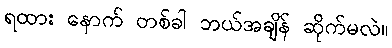
ရထား နောက် တစ်ခါ ဘယ်အချိန် ဆိုက်မလဲ။